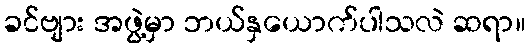
ခင်ဗျား အဖွဲ့မှာ ဘယ်နှယောက်ပါသလဲ ဆရာ။